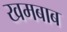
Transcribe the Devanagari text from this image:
खमबाब